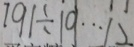
1 9 1 \div 1 9 \cdots 1 2